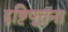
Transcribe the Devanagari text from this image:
द्दष्टिपूतना